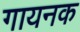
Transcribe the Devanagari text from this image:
गायनक